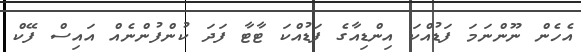
އެހެން ނޫންނަމަ ފަޑުއްކަ އިންޑިއާގެ ފަޑުއްކަ ޓާޓާ ފަދަ ކުންފުންނެއް އައިސް ފޭކް